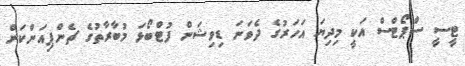
ޓީސީ ސްޕޯޓްސް އަކީ މިދިޔަ އަހަރުގެ ދެވަނަ ޑިވިޝަން ފުޓްބޯޅަ މުބާރާތުގެ ޗެންޕިއަންކަން